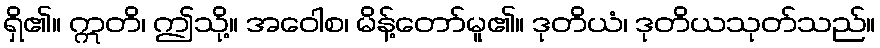
ရှိ၏။ ဣတိ၊ ဤသို့။ အဝေါစ၊ မိန့်တော်မူ၏။ ဒုတိယံ၊ ဒုတိယသုတ်သည်။